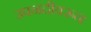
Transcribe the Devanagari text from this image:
उपनदीवरून